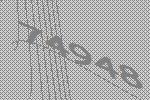
74948